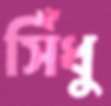
সিঁধু